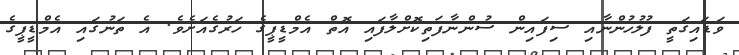
ވަޑައިގަތީ ފުލުހުންނާއި ސިފައިން ސުންނާފަތިކޮށްލާފައި އޮތް އެމްޑީޕީގެ ހަރުގެއަށެވެ. އެ ތަނުގައި އެމްޑީޕީގެ